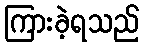
ကြားခဲ့ရသည်